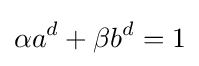
\alpha a^{d}+\beta b^{d}=1